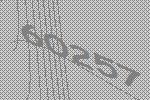
60257